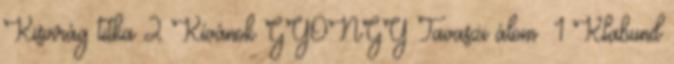
Kisvirág titka 2 Kívánok GYÖNGY Tavaszi álom 1 Klabund